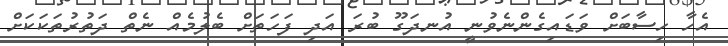
އެހާ ހިސާބަށް ވަޑައިގެންނެވުނީ އުނދަގޫ ބުރަ އަދި ފަހަތަށް ބެލުމެއް ނެތް ދަތުރުތަކަކަށް